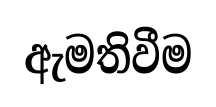
ඇමතිවීම